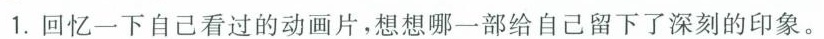
1.回忆一下自己看过的动画片，想想哪一部给自己留下了深刻的印象。